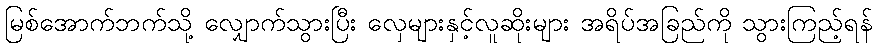
မြစ်အောက်ဘက်သို့ လျှောက်သွားပြီး လှေများနှင့်လူဆိုးများ အရိပ်အခြည်ကို သွားကြည့်ရန်